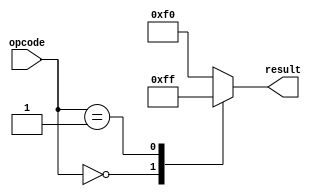
module don_care_case(
    input [2:0] opcode,
    output reg [7:0] result
);

always @(*)
begin
    case(opcode)
        3'b000: result = 8'b00000000;
        3'b001: result = 8'b11111111;
        default: result = 8'b11110000;
    endcase
end

endmodule